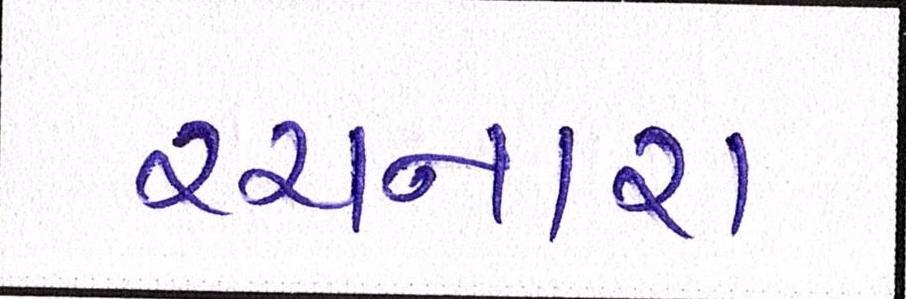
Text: રચનારા